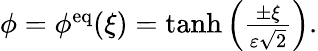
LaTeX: \begin{array}{r}{\phi=\phi^{\mathrm{eq}}(\xi)=\operatorname{tanh}\left(\frac{\pm\xi}{\varepsilon\sqrt{2}}\right).}\end{array}